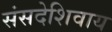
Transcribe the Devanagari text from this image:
संसदेशिवाय